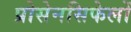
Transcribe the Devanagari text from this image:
प्रोसेनसिफेलों